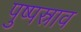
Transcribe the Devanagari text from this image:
पुष्पस्राव